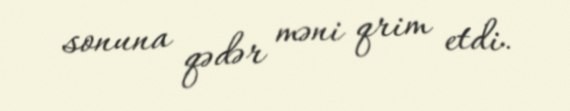
sonuna qədər məni qrim etdi.